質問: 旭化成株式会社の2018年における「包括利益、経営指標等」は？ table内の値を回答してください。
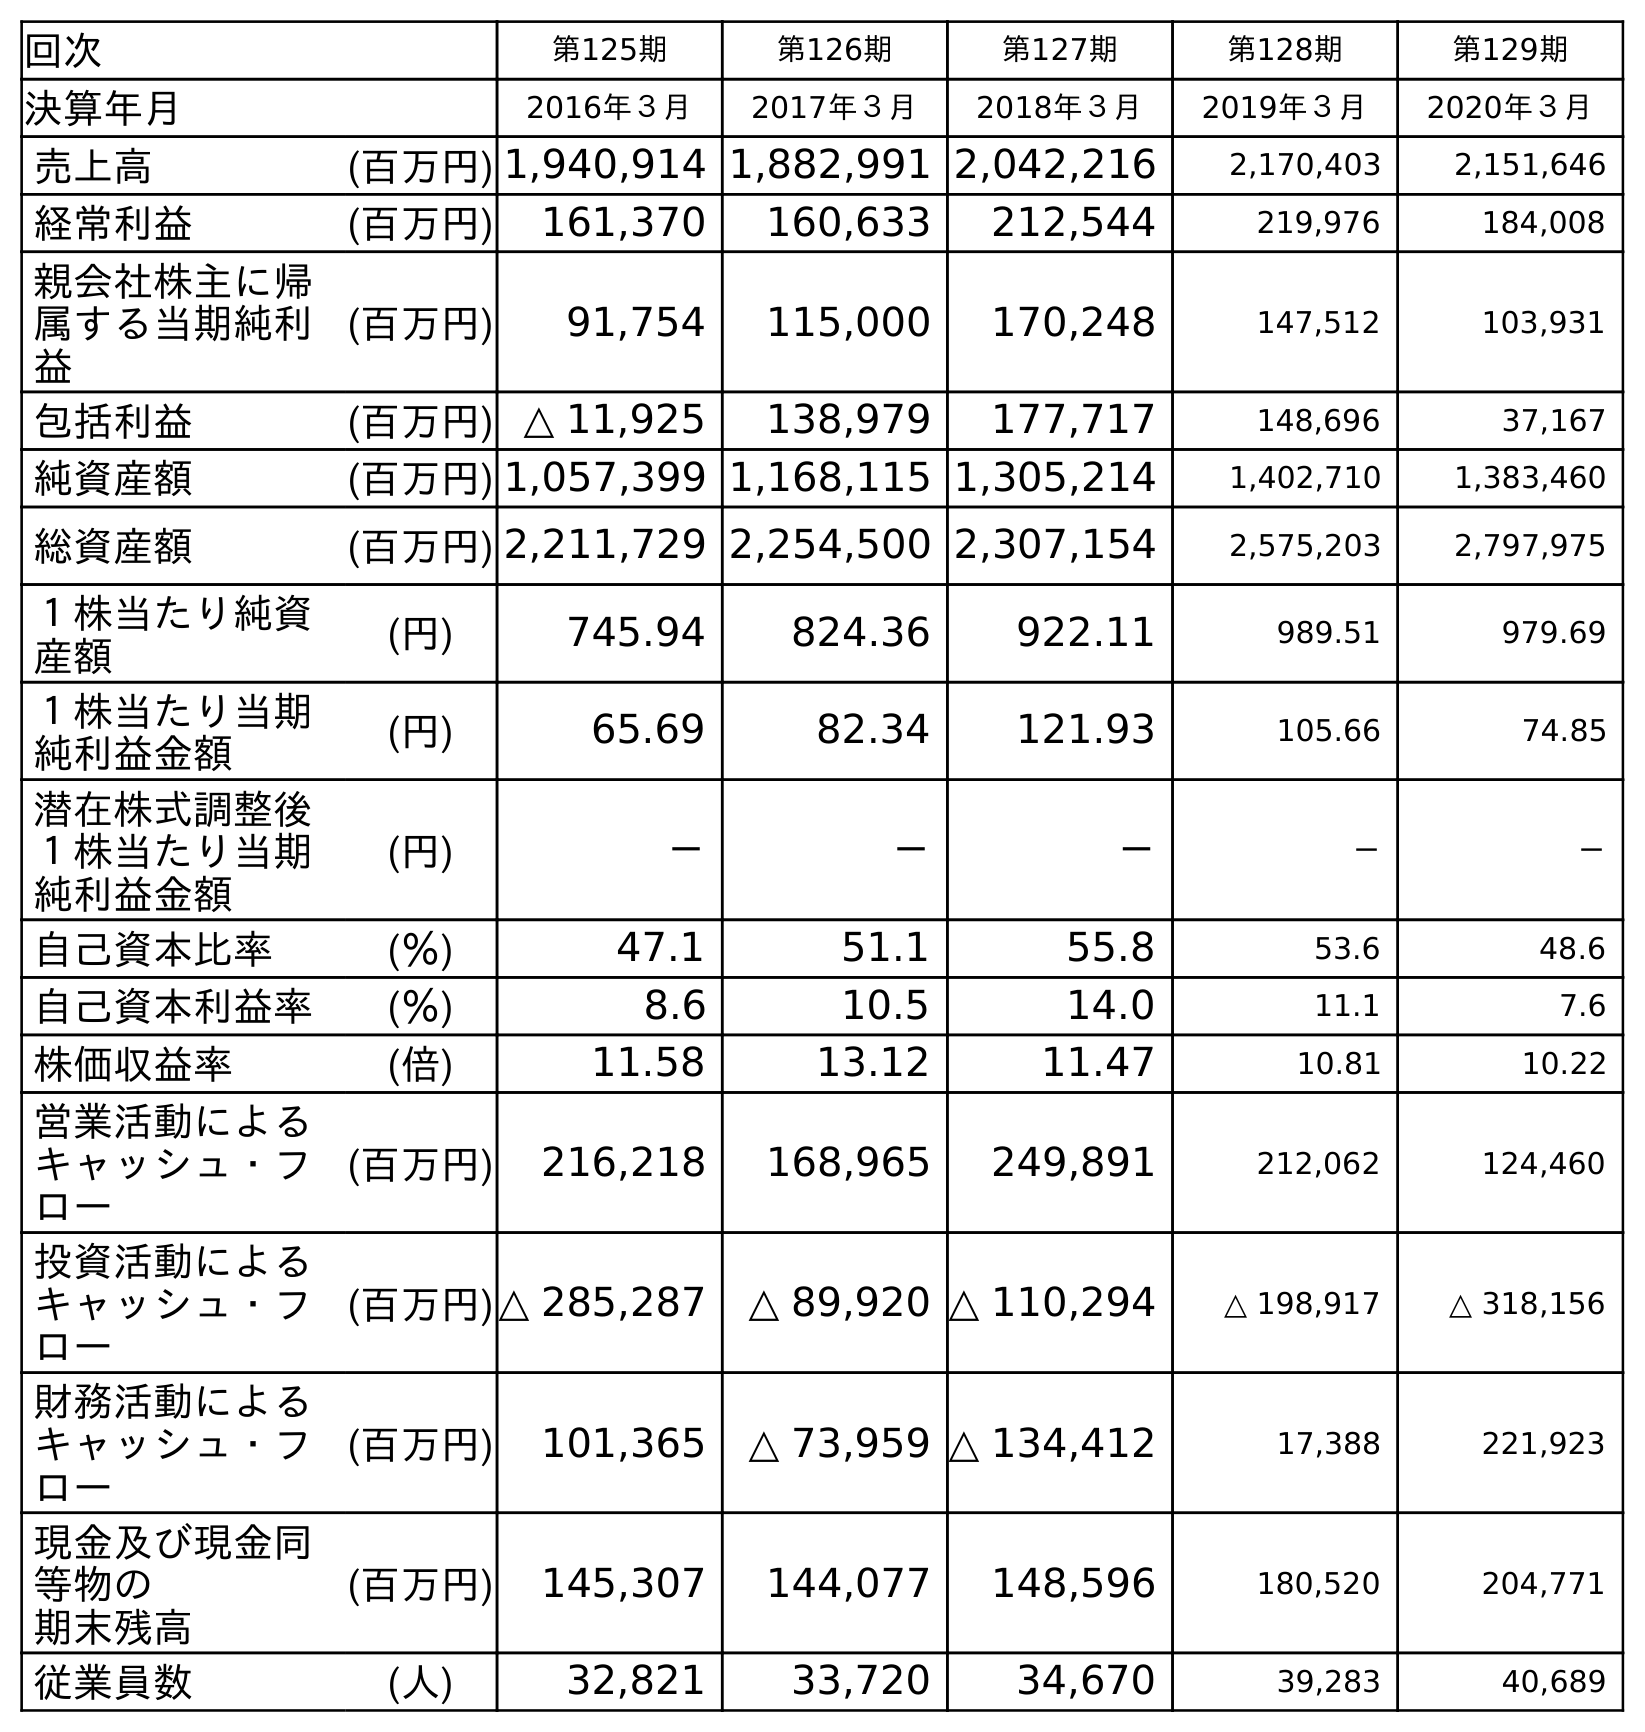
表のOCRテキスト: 回次 第125期 第126期 第127期 第128期 第129期 決算年月 2016年３月 2017年３月 2018年３月 2019年３月 2020年３月 売上高 (百万円) 1,940,914 1,882,991 2,042,216 2,170,403 2,151,646 経常利益 (百万円) 161,370 160,633 212,544 219,976 184,008 親会社株主に帰 属する当期純利 益 (百万円) 91,754 115,000 170,248 147,512 103,931 包括利益 (百万円) △ 11,925 138,979 177,717 148,696 37,167 純資産額 (百万円) 1,057,399 1,168,115 1,305,214 1,402,710 1,383,460 総資産額 (百万円) 2,211,729 2,254,500 2,307,154 2,575,203 2,797,975 １株当たり純資 産額 (円) 745.94 824.36 922.11 989.51 979.69 １株当たり当期 純利益金額 (円) 65.69 82.34 121.93 105.66 74.85 潜在株式調整後 １株当たり当期 純利益金額 (円) － － － － － 自己資本比率 (％) 47.1 51.1 55.8 53.6 48.6 自己資本利益率 (％) 8.6 10.5 14.0 11.1 7.6 株価収益率 (倍) 11.58 13.12 11.47 10.81 10.22 営業活動による キャッシュ・フ ロー (百万円) 216,218 168,965 249,891 212,062 124,460 投資活動による キャッシュ・フ ロー (百万円)△ 285,287 △ 89,920 △ 110,294 △ 198,917 △ 318,156 財務活動による キャッシュ・フ ロー (百万円) 101,365 △ 73,959 △ 134,412 17,388 221,923 現金及び現金同 等物の 期末残高 (百万円) 145,307 144,077 148,596 180,520 204,771 従業員数 (人) 32,821 33,720 34,670 39,283 40,689
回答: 177,717